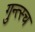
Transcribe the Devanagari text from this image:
गुन्त्स्च